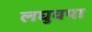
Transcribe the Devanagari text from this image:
लघुवपा